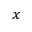
x